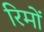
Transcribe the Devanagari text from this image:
रिमों